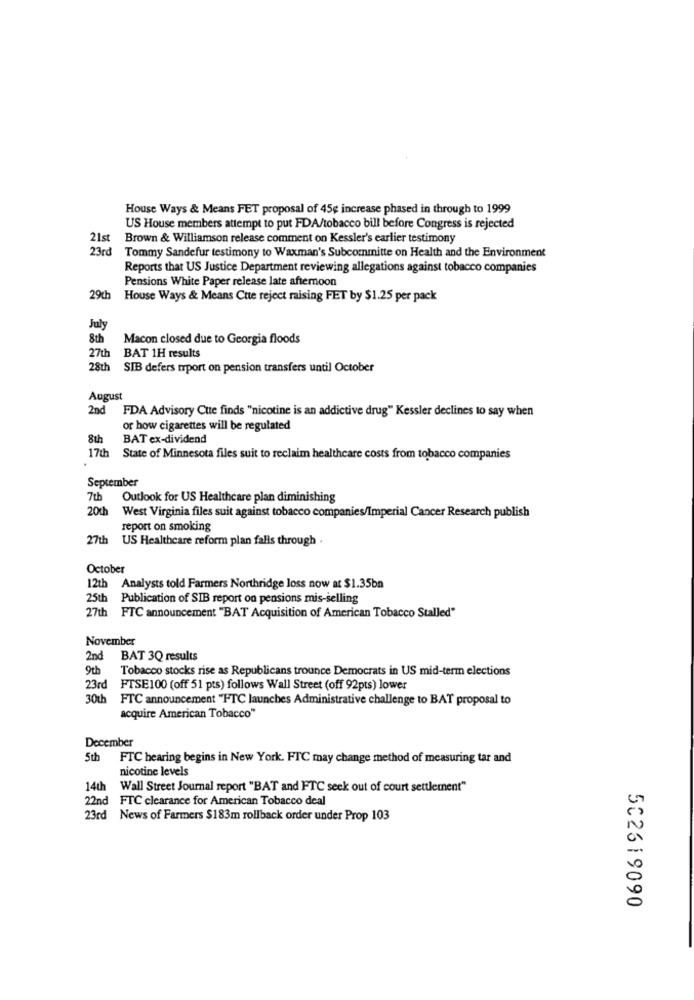
House Ways & Means FET proposal of 45g increase phased in through to 1999
US House members attempt to put FDA/tobacco bill before Congress is rejected
21st
Brown & Williamson release comment on Kessler's earlier testimony
23rd
Tommy Sandefur testimony to Waxman's Subcommitte on Health and the Environment
Reports that US Justice Department reviewing allegations against tobacco companies
Pensions White Paper release late afternoon
29th House Ways & Means Cute reject raising FET by $1.25 per pack
July
8th
Macon closed due to Georgia floods
27th
BAT 1H results
28th
SIB defers mport on pension transfers until October
August
2nd
FDA Advisory Cute finds "nicotine is an addictive drug" Kessler declines to say when
or how cigarettes will be regulated
8th
BAT ex-dividend
17th
State of Minnesota files suit to reclaim healthcare costs from tobacco companies
September
7th
Outlook for US Healthcare plan diminishing
20th
West Virginia files suit against tobacco companies/Imperial Cancer Research publish
report on smoking
27th
US Healthcare reform plan falls through
October
12th Analysts told Farmers Northridge loss now at $1.35bn
25th Publication of SIB report on pensions mis-selling
27th FTC announcement "BAT Acquisition of American Tobacco Stalled"
November
2nd
BAT 3Q results
Tobacco stocks rise as Republicans trounce Democrats in US mid-term elections
23rd FTSE100 (off 51 pts) follows Wall Street (off 92pts) lower
30th FTC announcement "FTC launches Administrative challenge to BAT proposal to
acquire American Tobacco"
December
5th
FTC hearing begins in New York. FTC may change method of measuring tar and
nicotine levels
14th
Wall Street Journal report "BAT and FTC seek out of court settlement"
22nd
FTC clearance for American Tobacco deal
23rd News of Farmers $183m rollback order under Prop 103
502619090